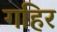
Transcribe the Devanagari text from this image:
गहिर